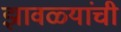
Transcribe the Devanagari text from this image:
झावळ्यांची